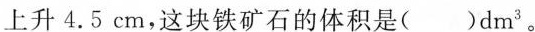
上升4.5cm，这块铁矿石的体积是( )dm^{3}。